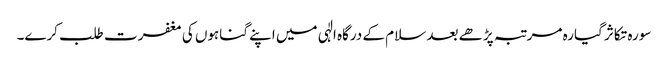
سورہ تکاثر گیارہ مرتبہ پڑھے بعد سلام کے درگاہ الٰہی میں اپنے گناہوں کی مغفرت طلب کرے۔